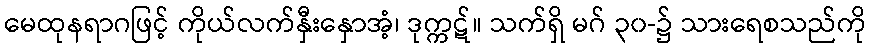
မေထုနရာဂဖြင့် ကိုယ်လက်နှီးနှောအံ့၊ ဒုက္ကဋ်။ သက်ရှိ မဂ် ၃၀-၌ သားရေစသည်ကို